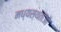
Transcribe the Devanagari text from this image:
मध्‍यस्‍थताओं